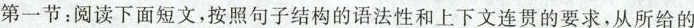
第一节:阅读下面短文,按照句子结构的语法性和上下文连贯的要求,从所给的